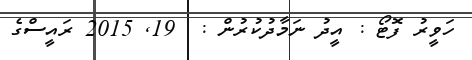
ހަވީރު ފޮޓޯ : އީދު ނަމާދުކުރުން :  19